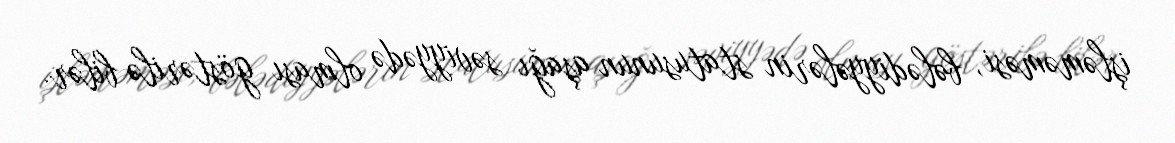
işləməməsi, bələdiyyələrin statusunun aşağı səviyyədə olması göstərilə bilər.